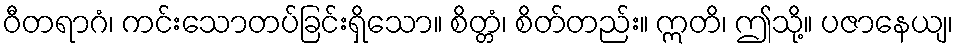
ဝီတရာဂံ၊ ကင်းသောတပ်ခြင်းရှိသော။ စိတ္တံ၊ စိတ်တည်း။ ဣတိ၊ ဤသို့။ ပဇာနေယျ၊